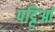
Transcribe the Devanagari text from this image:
पट्टिआं